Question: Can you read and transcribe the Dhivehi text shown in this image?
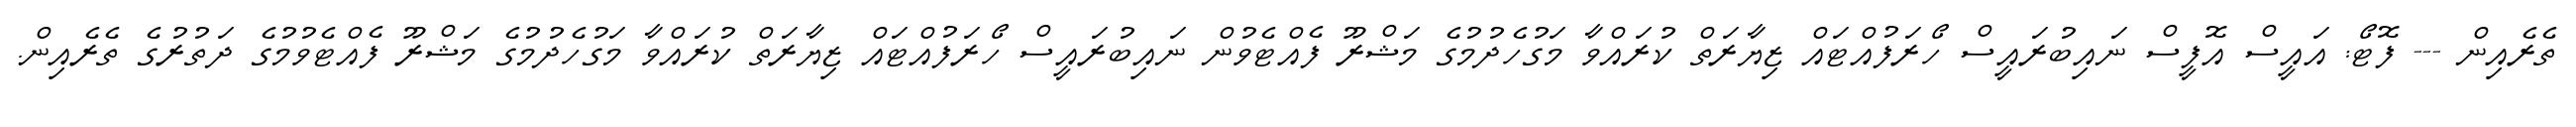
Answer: ތެރެއިން --- ފޮޓޯ: އައީސް އޮފީސް ނައިބުރައީސް ހޯރަފުއްޓައް ޒިޔާރަތް ކުރައްވާ މަގުހެދުމުގެ މަޝްރޫ ފެއްޓެވުން ނައިބުރައީސް ހޯރަފުއްޓައް ޒިޔާރަތް ކުރައްވާ މަގުހެދުމުގެ މަޝްރޫ ފެއްޓެވުމުގެ ދަތުރުގެ ތެރެއިން.